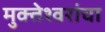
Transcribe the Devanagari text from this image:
मुक्तेश्वरांचा